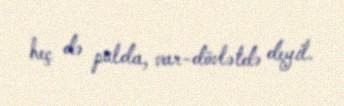
heç də pulda, var-dövlətdə deyil.